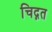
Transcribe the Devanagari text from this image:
चिद्गत